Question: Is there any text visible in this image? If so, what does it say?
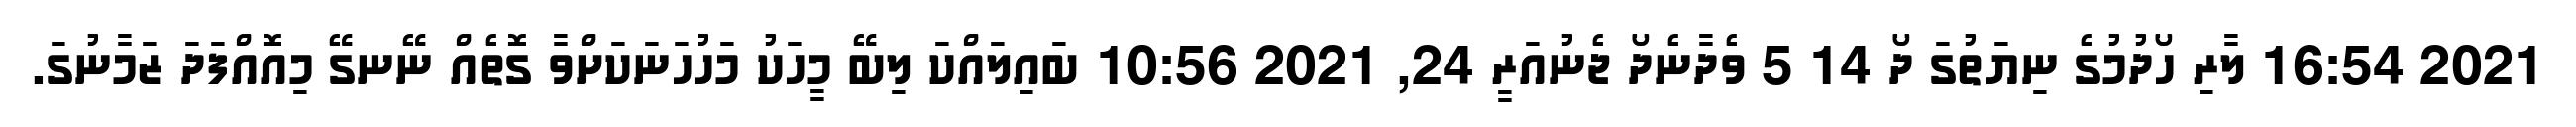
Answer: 2021 16:54 ލާރި ހޯދުމުގެ ނިޔަތުގަ ދޯ 14 5 ވެދާނެދޯ ޖެނުއަރީ 24, 2021 10:56 ބައިލައްކަ ލިބޭ މީހަކު މަހުހަނަކަށްވާ ގޮތެއް ނޭނގޭ މިއޮއްފަދަ ޒަމާނުގަ.